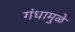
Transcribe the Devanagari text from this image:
गंधामुळे